Report on the lunatic asylums under the Government of Bombay - 1904-1913
Year: 1904
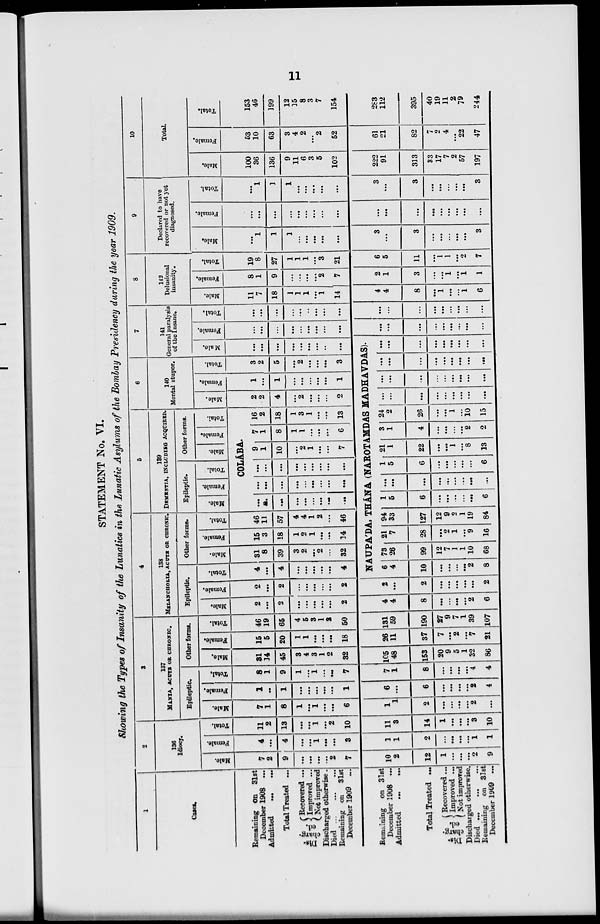
11
STATEMENT No. VI.
Showing the Types of Insanity of the Lunatics in the Lunatic Asylums of the Bombay Presidency during the year 1909.
1
Cases.
Remaining on 31st
December 1908 ...
Admitted
...
...
Total Treated ...
Dis-
charg-
ed.
Recovered ...
Improved ...
Not improved
Discharged otherwise.
Died ... ... ...
Remaining on
31st
December 1909 ...
Remaining on 31st
December 1908 ...
Admitted
...
...
Total Treated ...
Dis-
charg-
ed.
Recovered ...
Improved ...
Not improved
Discharged otherwise.
Died ... ... ...
Remaining on 31st
December 1909 ...
2
136
Idiocy.
Male.
7
2
9
...
...
...
...
2
7
10
2
12
1
...
...
...
2
9
Female.
4
...
4
...
...
1
...
...
3
1
1
2
...
...
...
...
1
1
Total.
11
2
13
...
...
1
...
2
10
11
3
14
1
...
...
...
3
10
3
137
MANIA, ACUTE OR CHRONIC.
Epileptic.
Male.
7
1
8
1
...
1
...
...
6
1
1
2
...
...
...
...
2
...
Female.
1
..
1
...
...
...
...
...
1
6
....
6
...
...
...
...
2
4
Total.
8
1
9
1
...
1
...
...
7
7
1
8
...
...
...
...
4
4
Other forms.
Male.
31
14
45
3
4
3
1
2
32
105
48
153
20
9
5
1
32
86
Female.
15
5
20
1
1
...
...
...
18
26
11
37
7
...
2
...
7
21
Total.
46
19
65
4
5
3
1
2
50
131
59
190
27
9
7
1
39
107
4
138
MELANCHOLIA, ACUTE OR CHRONIC.
Epileptic.
Male.
2
...
2
...
...
...
...
...
2
4
4
8
...
...
...
...
2
6
Female.
2
...
2
...
...
...
...
2
2
...
2
...
...
...
...
...
2
Total.
4
...
4
...
...
...
...
...
4
Other forms.
Male.
31
8
39
3
2
...
2
...
32
Female.
15
3
18
1
2
1
...
...
14
Total.
46
11
57
4
4
1
2
...
46
5
139
DEMENTIA, INCLUDING ACQUIRED.
Epileptic.
Male.
Female.
Total.
Other forms.
Male.
Female.
Total.
COLÁBA.
...
...
...
...
...
...
...
...
...
...
...
...
...
...
...
...
...
...
...
...
...
...
...
...
...
...
...
9
1
10
...
2
1
...
...
7
7
1
8
1
1
...
...
...
6
16
2
18
1
3
1
...
...
13
6
140
Mental stupor.
Male.
2
2
4
...
2
...
...
...
2
Female.
1
...
1
...
...
...
...
...
1
Total.
3
2
5
...
2
...
...
...
3
7
141
General paralysis
of the Insane.
Male.
...
...
...
...
...
...
...
..
...
NAUPÁDA, THÁNA (NAROTAMDAS MADHAVDAS).
6
4
10
...
...
...
...
2
8
73
26
99
12
7
1
1
10
68
21
7
28
...
2
1
...
9
16
94
33
127
12
9
2
1
19
84
1
5
6
...
...
...
...
...
6
...
...
...
...
...
...
...
...
...
1
5
6
...
...
...
...
...
6
21
1
22
...
...
1
...
8
13
3
1
4
...
...
...
...
2
2
24
2
26
...
...
1
...
10
15
...
...
...
...
...
...
...
...
...
...
...
...
...
...
...
...
...
...
...
...
...
...
...
...
...
...
...
...
...
...
...
...
...
...
...
...
Female.
...
...
...
...
...
...
...
...
...
...
...
...
...
...
...
...
...
...
Total.
...
...
...
...
..
...
...
...
...
...
...
...
...
...
...
...
...
8
142
Delusional
insanity.
Male.
11
7
18
1
1
1
...
1
14
4
4
8
...
1
...
...
1
6
Female.
8
1
9
...
...
...
...
2
7
2
1
3
...
...
1
...
1
1
Total.
19
8
27
1
1
1
...
3
21
6
5
11
...
1
1
...
2
7
9
Declared to have
recovered or not yet
diagnosed.
Male.
...
1
1
1
...
...
...
...
...
3
...
3
...
...
...
...
...
3
Female.
...
...
...
...
...
...
...
...
...
...
...
...
...
...
...
...
...
...
Total.
...
1
1
1
...
...
...
...
...
3
...
3
...
...
...
...
...
3
10
Total.
Male.
100
36
136
9
11
6
3
5
102
222
91
313
33
17
7
2
57
197
Female.
53
10
63
3
4
2
...
2
52
61
21
82
7
2
4
...
22
47
Total.
153
46
199
12
15
8
3
7
154
283
112
395
40
19
11
2
79
244